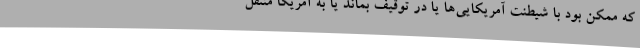
که ممکن بود با شیطنت آمریکایی‌ها یا در توقیف بماند یا به آمریکا منتقل